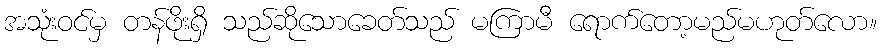
အသုံးဝင်မှ တန်ဖိုးရှိ သည်ဆိုသောခေတ်သည် မကြာမီ ရောက်တော့မည်မဟုတ်လော။